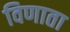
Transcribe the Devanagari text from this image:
विणाता